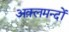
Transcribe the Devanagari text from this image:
अक़्लमन्दों